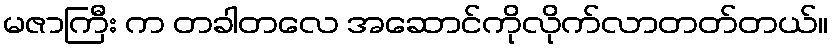
မဇာကြီး က တခါတလေ အဆောင်ကိုလိုက်လာတတ်တယ်။